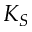
K _ { S }